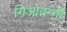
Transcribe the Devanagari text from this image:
गिओवन्नी